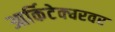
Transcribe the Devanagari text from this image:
आर्किटेक्चरवर